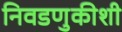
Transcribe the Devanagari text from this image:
निवडणुकीशी